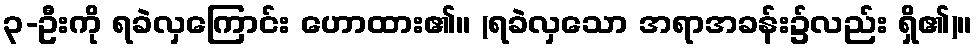
၃-ဦးကို ရခဲလှကြောင်း ဟောထား၏။ (ရခဲလှသော အရာအခန်း၌လည်း ရှိ၏)။